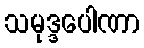
သမုဒ္ဒပေါဏာ